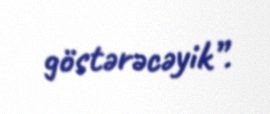
göstərəcəyik”.